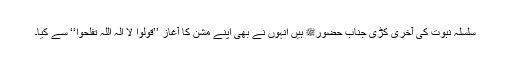
سلسلہ نبوت کی آخری کڑی جناب حضورﷺ ہیں اِنہوں نے بھی اپنے مشن کا آغاز ’’قولوا لا الٰہ اللہ تفلحوا‘‘ سے کیا۔